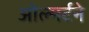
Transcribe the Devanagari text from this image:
ओल्मर्टने